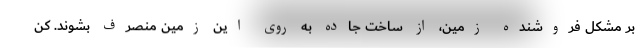
بر مشکل فروشنده زمین، از ساخت جاده به روی این زمین منصرف بشوند. کن